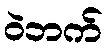
ဝဲဘက်